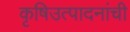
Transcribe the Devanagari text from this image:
कृषिउत्पादनांची